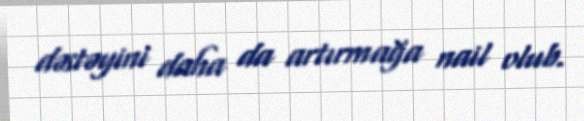
dəstəyini daha da artırmağa nail olub.